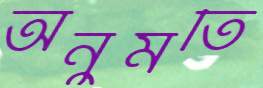
অনুমতি